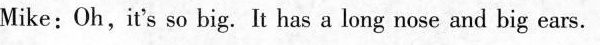
Mike: Oh, it's so big. It has a long nose and big ears.